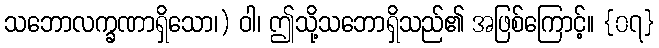
သဘောလက္ခဏာရှိသော၊) ဝါ၊ ဤသို့သဘောရှိသည်၏ အဖြစ်ကြောင့်။ {၀၇}